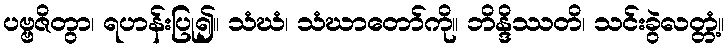
ပဗ္ဗဇိတွာ၊ ရဟန်းပြု၍။ သံဃံ၊ သံဃာတော်ကို။ ဘိန္ဒိဿတိ၊ သင်းခွဲလတ္တံ့။